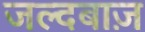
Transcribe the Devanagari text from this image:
जल्दबाज़